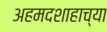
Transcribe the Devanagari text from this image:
अहमदशाहाच्या